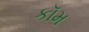
કૉમ